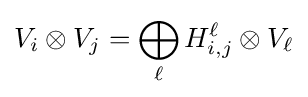
V_{i}\otimes V_{j}=\bigoplus _{\ell }H_{i,j}^{\ell }\otimes V_{\ell }